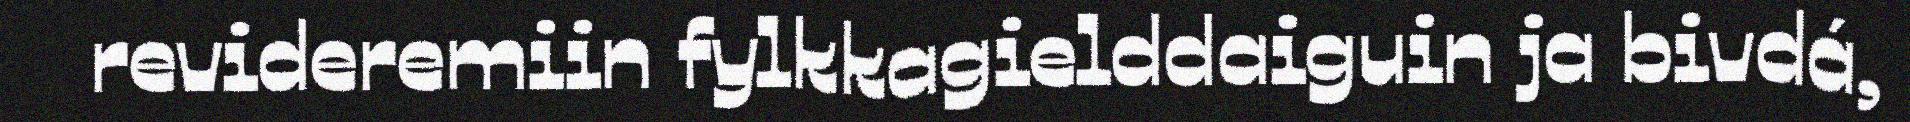
revideremiin fylkkagielddaiguin ja bivdá,